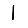
Digit: 1